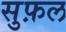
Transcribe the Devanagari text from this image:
सुफ़ल